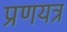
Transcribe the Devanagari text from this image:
प्रणयत्र